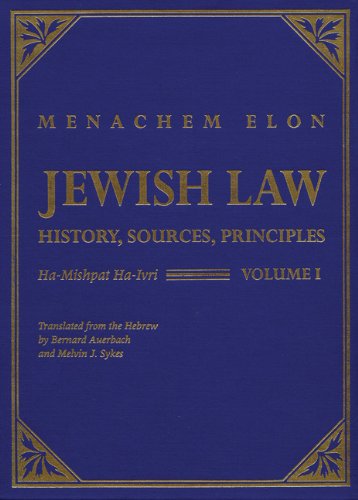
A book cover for Jewish Law : History, Sources, Principles (4 volume set); Menachem Elon; Religion & Spirituality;